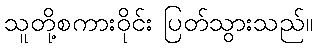
သူတို့စကားဝိုင်း ပြတ်သွားသည်။